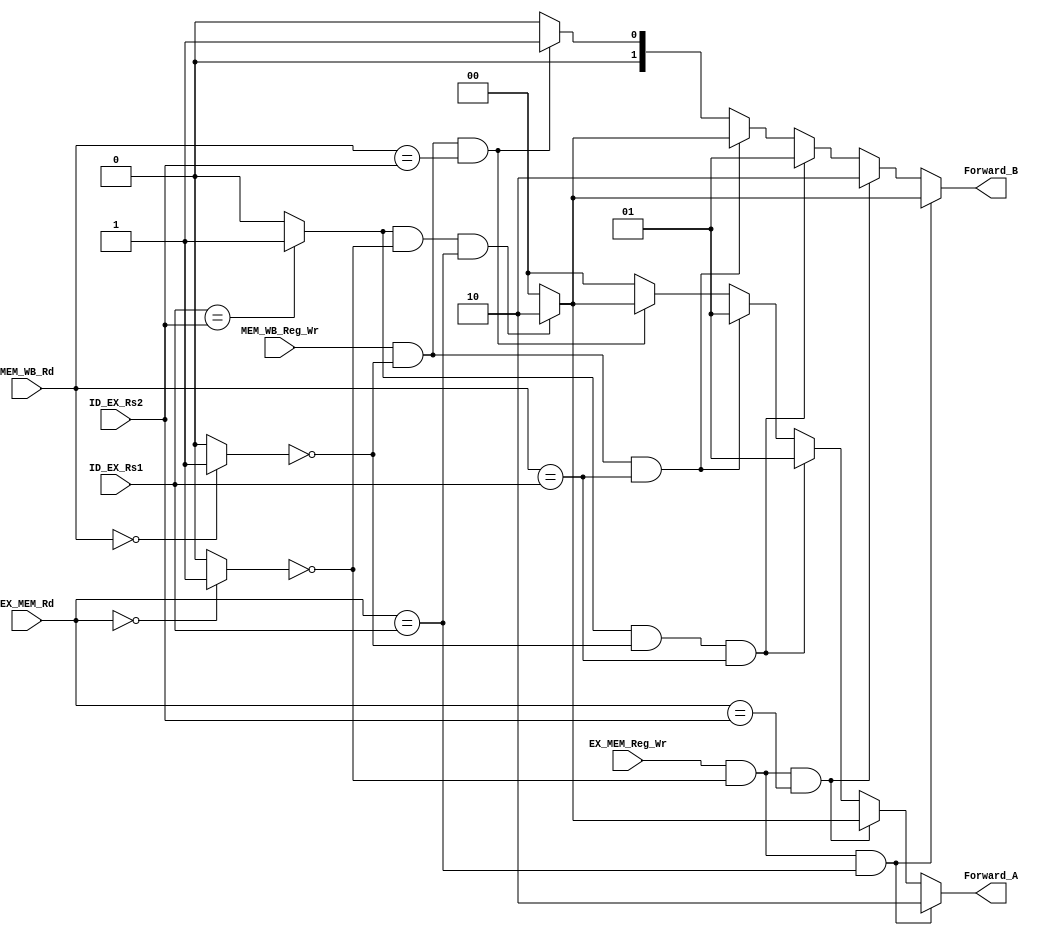
module Forward_Unit #(
	parameter WIDTH_SOURCE = 5
)
(
	// INPUT
	input  wire 				   EX_MEM_Reg_Wr,
	input  wire 				   MEM_WB_Reg_Wr,
	input  wire [WIDTH_SOURCE-1:0] 		   ID_EX_Rs1,
	input  wire [WIDTH_SOURCE-1:0] 		   ID_EX_Rs2,
	input  wire [WIDTH_SOURCE-1:0] 		   EX_MEM_Rd,
	input  wire [WIDTH_SOURCE-1:0] 	   	   MEM_WB_Rd,

	// OUTPUT
	output reg [1:0] 			   Forward_A,
	output reg [1:0] 			   Forward_B
);

wire EX_dest_x0;
wire MEM_dest_x0;
wire double_forward;

assign EX_dest_x0 	  = !EX_MEM_Rd? 1'b1:1'b0;
assign MEM_dest_x0 	  = !MEM_WB_Rd? 1'b1:1'b0;
assign double_forward = (ID_EX_Rs1 == ID_EX_Rs2)? 1'b1:1'b0;

always @(*) begin
	Forward_A = 2'b00;
	Forward_B = 2'b00;
	
	// EX Forward
	if (double_forward && !EX_dest_x0 && EX_MEM_Rd == ID_EX_Rs1) begin
		
		Forward_A = 2'b10;
		Forward_B = 2'b10;

	end
	if (EX_MEM_Reg_Wr && !EX_dest_x0 && EX_MEM_Rd == ID_EX_Rs1) begin

		Forward_A = 2'b10;
		
	end
	else if (EX_MEM_Reg_Wr && !EX_dest_x0 && EX_MEM_Rd == ID_EX_Rs2) begin

		Forward_B = 2'b10;
		
	end

	// MEM Forward
	else if (double_forward && !MEM_dest_x0 && MEM_WB_Rd == ID_EX_Rs1) begin
		
		Forward_A = 2'b01;
		Forward_B = 2'b01;

	end
	else if (MEM_WB_Reg_Wr && !MEM_dest_x0 && MEM_WB_Rd == ID_EX_Rs1) begin

		Forward_A = 2'b01;
		
	end
	else if (MEM_WB_Reg_Wr && !MEM_dest_x0 && MEM_WB_Rd == ID_EX_Rs2) begin

		Forward_B = 2'b01;
		
	end

	else begin
		
		Forward_A = 2'b00;
		Forward_B = 2'b00;

	end

end

endmodule